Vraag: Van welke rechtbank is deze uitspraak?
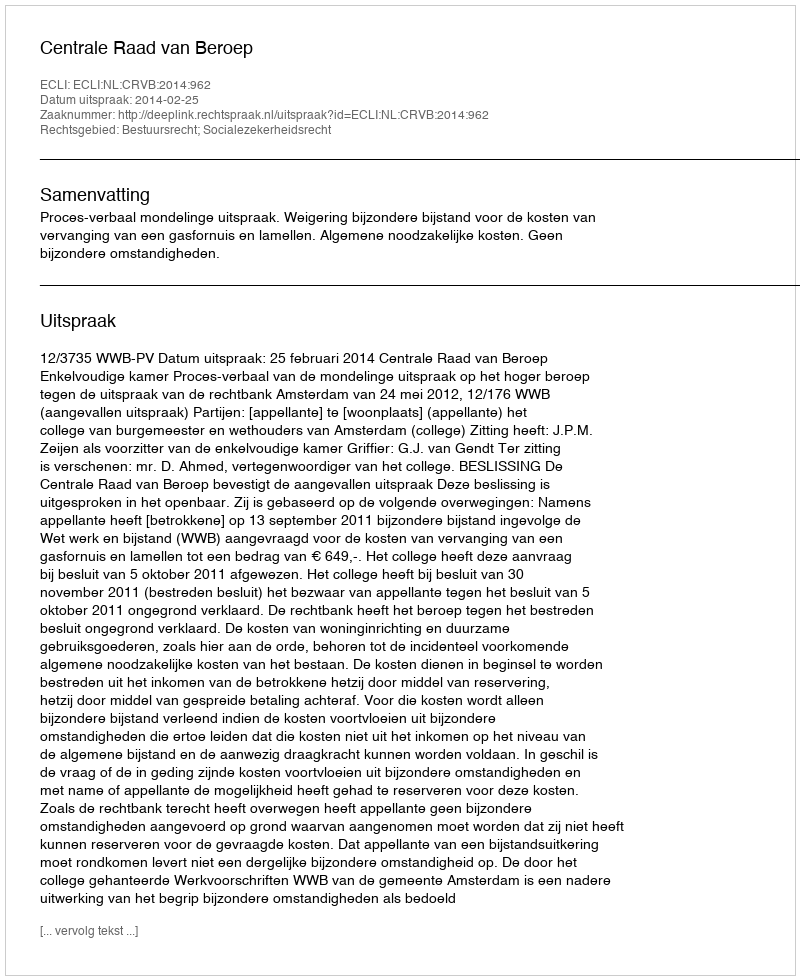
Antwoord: Centrale Raad van Beroep